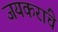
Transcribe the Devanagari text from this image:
जयकरांचे